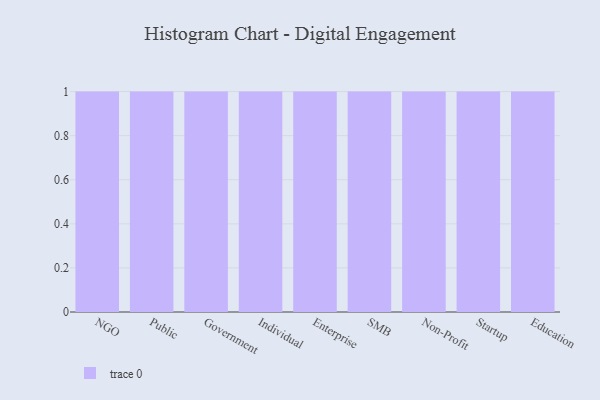
{"axis": {"x": "Segment", "y": "Market Share (%)"}, "legend": [""], "data": [{"x": "NGO", "y": 10, "type": ""}, {"x": "Public", "y": 62, "type": ""}, {"x": "Government", "y": 38, "type": ""}, {"x": "Individual", "y": 15, "type": ""}, {"x": "Enterprise", "y": 60, "type": ""}, {"x": "SMB", "y": 24, "type": ""}, {"x": "Non-Profit", "y": 79, "type": ""}, {"x": "Startup", "y": 91, "type": ""}, {"x": "Education", "y": 74, "type": ""}]}